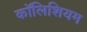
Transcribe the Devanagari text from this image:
कॉलिशियम